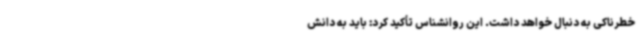
خطرناکی به دنبال خواهد داشت. این روانشناس تأکید کرد: باید به دانش